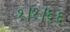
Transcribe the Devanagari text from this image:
१।१।६६